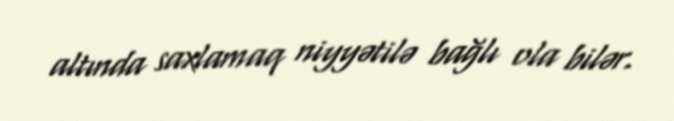
altında saxlamaq niyyətilə bağlı ola bilər.